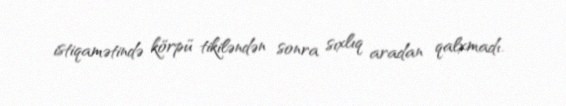
istiqamətində körpü tikiləndən sonra sıxlıq aradan qalxmadı.